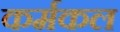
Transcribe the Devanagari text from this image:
कर्मकल